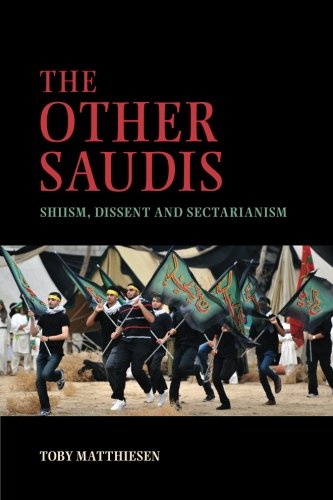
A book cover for The Other Saudis: Shiism, Dissent and Sectarianism (Cambridge Middle East Studies); Toby Matthiesen; History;